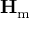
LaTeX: \mathbf { H } _ { \mathrm { m } }